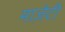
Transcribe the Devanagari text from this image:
माज़ेटी